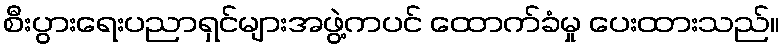
စီးပွားရေးပညာရှင်များအဖွဲ့ကပင် ထောက်ခံမှု ပေးထားသည်။